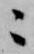
ニ